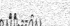
١٧